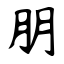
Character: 朋